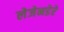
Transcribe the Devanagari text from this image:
लेजेनडेरे